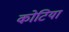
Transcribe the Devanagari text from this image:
कोटिया